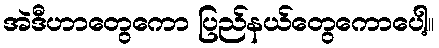
အဲဒီဟာတွေကော ပြည်နယ်တွေကောပေါ့။